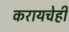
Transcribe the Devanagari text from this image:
करायचेही